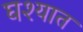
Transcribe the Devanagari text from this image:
घश्यात